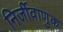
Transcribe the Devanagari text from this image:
निर्जीवाणुक